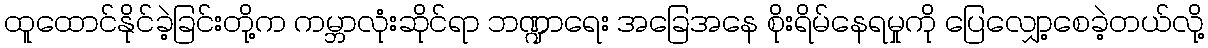
ထူထောင်နိုင်ခဲ့ခြင်းတို့က ကမ္ဘာလုံးဆိုင်ရာ ဘဏ္ဍာရေး အခြေအနေ စိုးရိမ်နေရမှုကို ပြေလျှော့စေခဲ့တယ်လို့